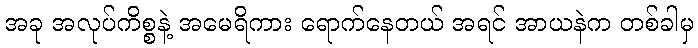
အခု အလုပ်ကိစ္စနဲ့ အမေရိကား ရောက်နေတယ် အရင် အာယနဲက တစ်ခါမှ